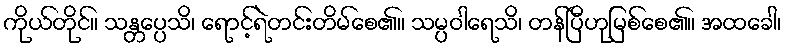
ကိုယ်တိုင်။ သန္တပ္ပေသိ၊ ရောင့်ရဲတင်းတိမ်စေ၏။ သမ္ပဝါရေသိ၊ တန်ပြီဟုမြစ်စေ၏။ အထခေါ၊